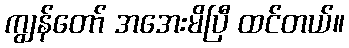
ကျွန်တော် အအေးမိပြီ ထင်တယ်။